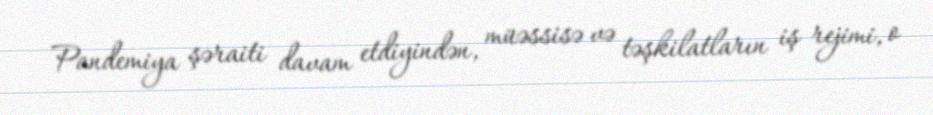
Pandemiya şəraiti davam etdiyindən, müəssisə və təşkilatların iş rejimi, o